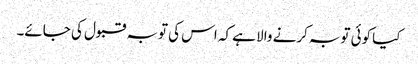
کیا کوئی توبہ کرنے والا ہے کہ اس کی توبہ قبول کی جائے۔